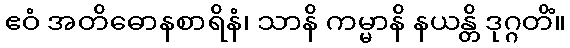
ဧဝံ အတိဓောနစာရိနံ၊ သာနိ ကမ္မာနိ နယန္တိ ဒုဂ္ဂတိံ။